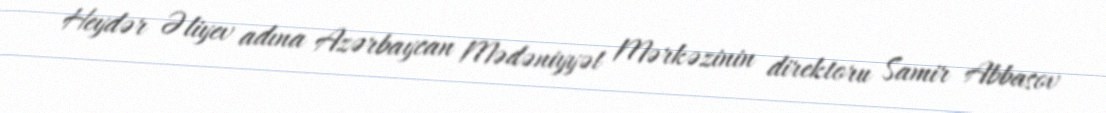
Heydər Əliyev adına Azərbaycan Mədəniyyət Mərkəzinin direktoru Samir Abbasov